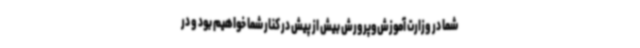
شما در وزارت آموزش‌وپرورش بیش ‌از پیش در کنار شما خواهیم بود و در